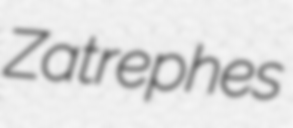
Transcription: Zatrephes